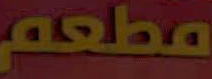
مطعم